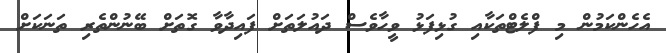
އެހެންކަމުން މި ފްލެޓްތަކާއި ގުޅިފަޅު ވީހާވެސް ދައުލަތަށް ފައިދާވާ ގޮތަށް ބޭނުންތެރި ތަނަކަށް